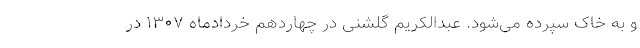
و به خاک سپرده می‌شود. عبدالکریم گلشنی در چهاردهم خردادماه ۱۳۰۷ در